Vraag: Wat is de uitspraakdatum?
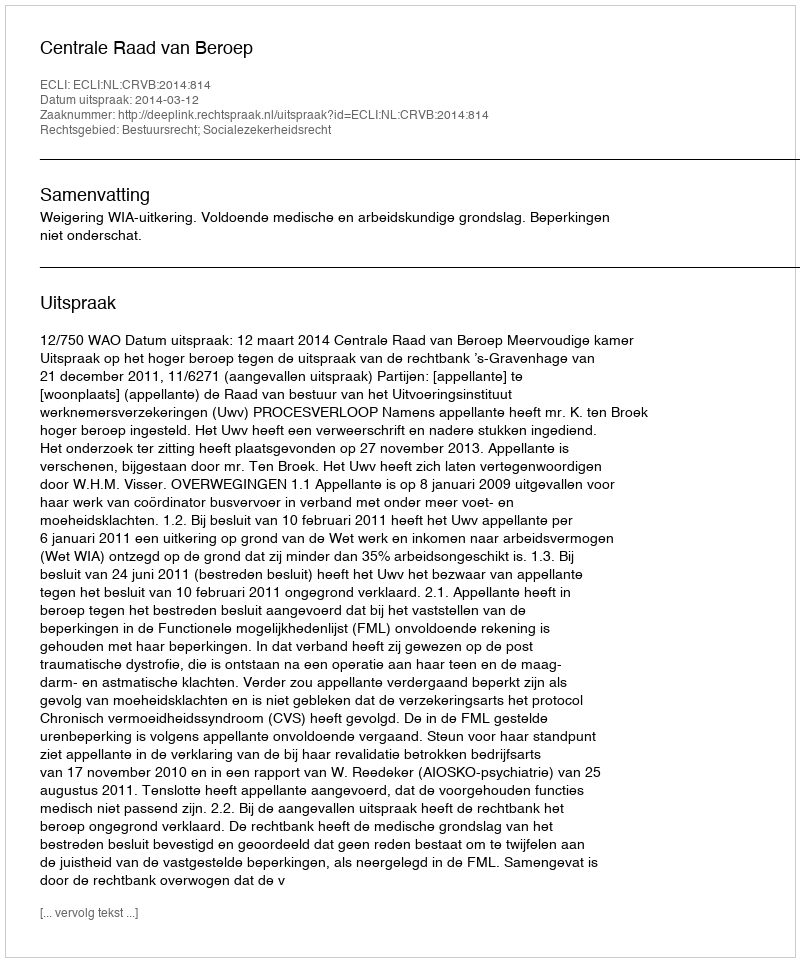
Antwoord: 2014-03-12